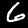
Digit: 6